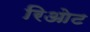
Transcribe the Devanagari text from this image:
रिओट